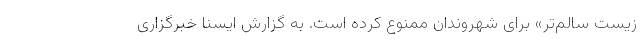
زیست سالم‌تر» برای شهروندان ممنوع کرده است. به گزارش ایسنا خبرگزاری